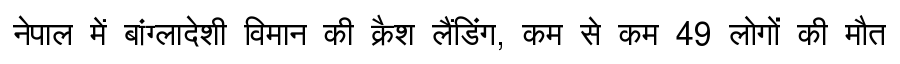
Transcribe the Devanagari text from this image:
नेपाल में बांग्लादेशी विमान की क्रैश लैंडिंग, कम से कम 49 लोगों की मौत